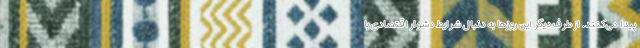
پیدا می‌کنند. از طرف دیگر این روزها به دنبال شرایط دشوار اقتصادی با